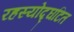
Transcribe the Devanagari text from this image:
रहस्योद्घटित